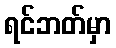
ရင်ဘတ်မှာ